Civil Veterinary Department. United Provinces 1923-31 - 1923-1931
Year: 1923
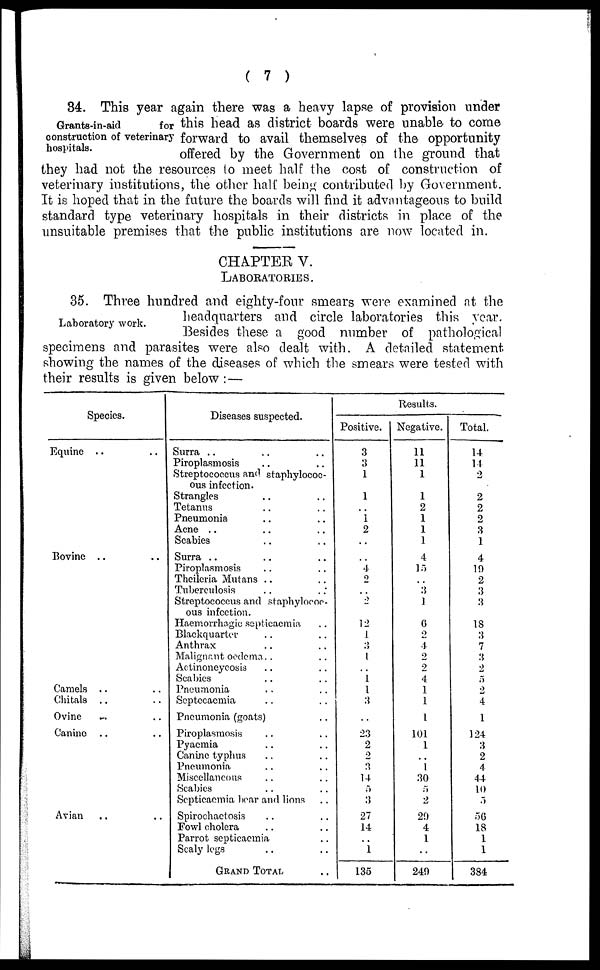
(7)
Grants-in-aid
for
construction of veterinary
hospitals.
34. This year again there was a heavy lapse of provision under
this head as district boards were unable to come
forward to avail themselves of the opportunity
offered by the Government on the ground that
they had not the resources to meet half the cost of construction of
veterinary institutions, the other half being contributed by Government.
It is hoped that in the future the boards will find it advantageous to build
standard type veterinary hospitals in their districts in place of the
unsuitable premises that the public institutions are now located in.
CHAPTER V.
LABORATORIES.
Laboratory work.
35. Three hundred and eighty-four smears were examined at the
headquarters and circle laboratories this year.
Besides these a good number of pathological
specimens and parasites were also dealt with. A detailed statement
showing the names of the diseases of which the smears were tested with
their results is given below:—
Species.
Equine .. ..
Bovine .. ..
Camels .. ..
Chitals .. ..
Ovine .. ..
Canine .. ..
Avian .. ..
Diseases suspected.
Surra .. .. ..
Piroplasmosis .. .
Streptococcus and staphylococ-
cus infection.
Strangles .. ..
Tetanus .. ..
Pneumonia .. ..
Acne .. .. ..
Scabies .. ..
Surra .. .. ..
Piroplasmosis .. ..
Theileria Mutans .. ..
Tuberculosis .. ..
Streptococcus and staphylococ-
ous infection.
Haemorrhagic septicaemia ..
Blackquarter .. ..
Anthrax .. ..
Malignant oedema. . ..
Actinoneycosis .. ..
Scabies .. ..
Pneumonia .. ..
Septecaemia .. ..
Pneumonia (goats)
Piroplasmosis .. ..
Pyaemia .. ..
Canine typhus .. ..
Pneumonia .. ..
Miscellaneous .. ..
Scabies .. ..
Septicaemia boar and lions
Spirochaetosis .. ..
Fowl cholera .. ..
Parrot septicaemia ..
Scaly legs .. ..
GRAND TOTAL ..
Results.
Positive.
3
3
1
1
..
1
2
..
..
4
2
..
2
..
12
1
3
1
..
1 1
3
..
23
2
2
3
14
5
3
27
14
..
1
135
Negative.
11
11
1
1
2
1
1
1
4
15
..
3
1
..
6
2
4
2
2
4
1
1
1
101
1
..
1
30
5
2
29
4
1
..
249
Total.
14
14
2
2
2
2
3
1
4
19
2
3
3
..
18
3
7
3
2
5
2
4
1
124
3
2
4
44
10
5
56
18
1
1
384